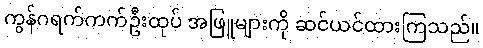
ကွန်ဂရက်ကက်ဦးထုပ် အဖြူများကို ဆင်ယင်ထားကြသည်။